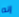
إنه